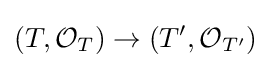
(T,{\mathcal {O}}_{T})\to (T',{\mathcal {O}}_{T'})